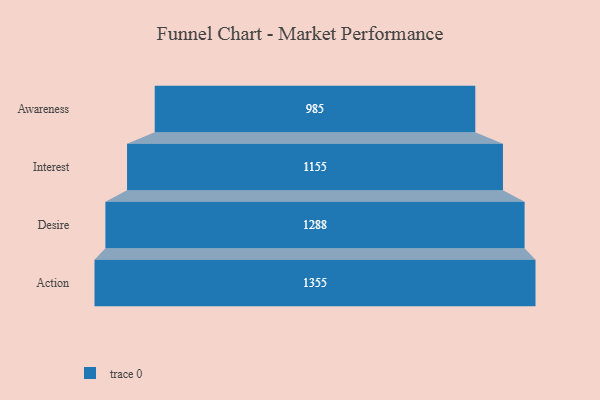
{"axis": {"x": "Stage", "y": "Value"}, "legend": [""], "data": [{"x": "Awareness", "y": 985.0, "type": ""}, {"x": "Interest", "y": 1155.0, "type": ""}, {"x": "Desire", "y": 1288.0, "type": ""}, {"x": "Action", "y": 1355.0, "type": ""}]}